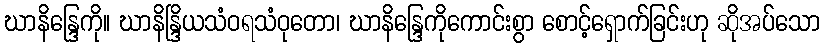
ဃာနိန္ဒြေကို။ ဃာနိန္ဒြိယသံဝရသံဝုတော၊ ဃာနိန္ဒြေကိုကောင်းစွာ စောင့်ရှောက်ခြင်းဟု ဆိုအပ်သော